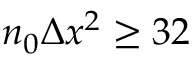
n _ { 0 } \Delta x ^ { 2 } \geq 3 2